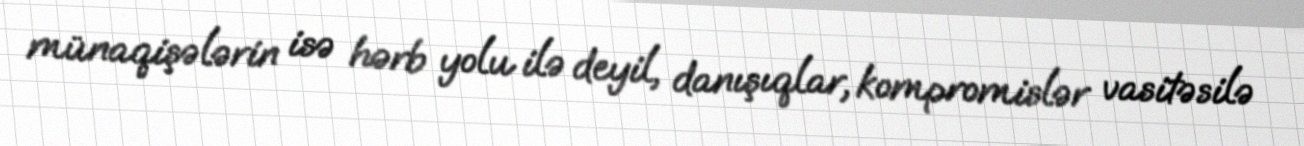
münaqişələrin isə hərb yolu ilə deyil, danışıqlar, kompromislər vasitəsilə